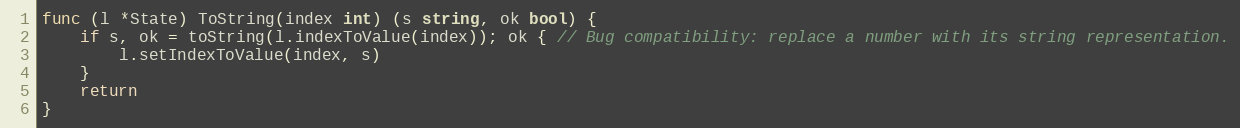
Language: Go
func (l *State) ToString(index int) (s string, ok bool) {
	if s, ok = toString(l.indexToValue(index)); ok { // Bug compatibility: replace a number with its string representation.
		l.setIndexToValue(index, s)
	}
	return
}